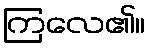
ကြလေ၏။